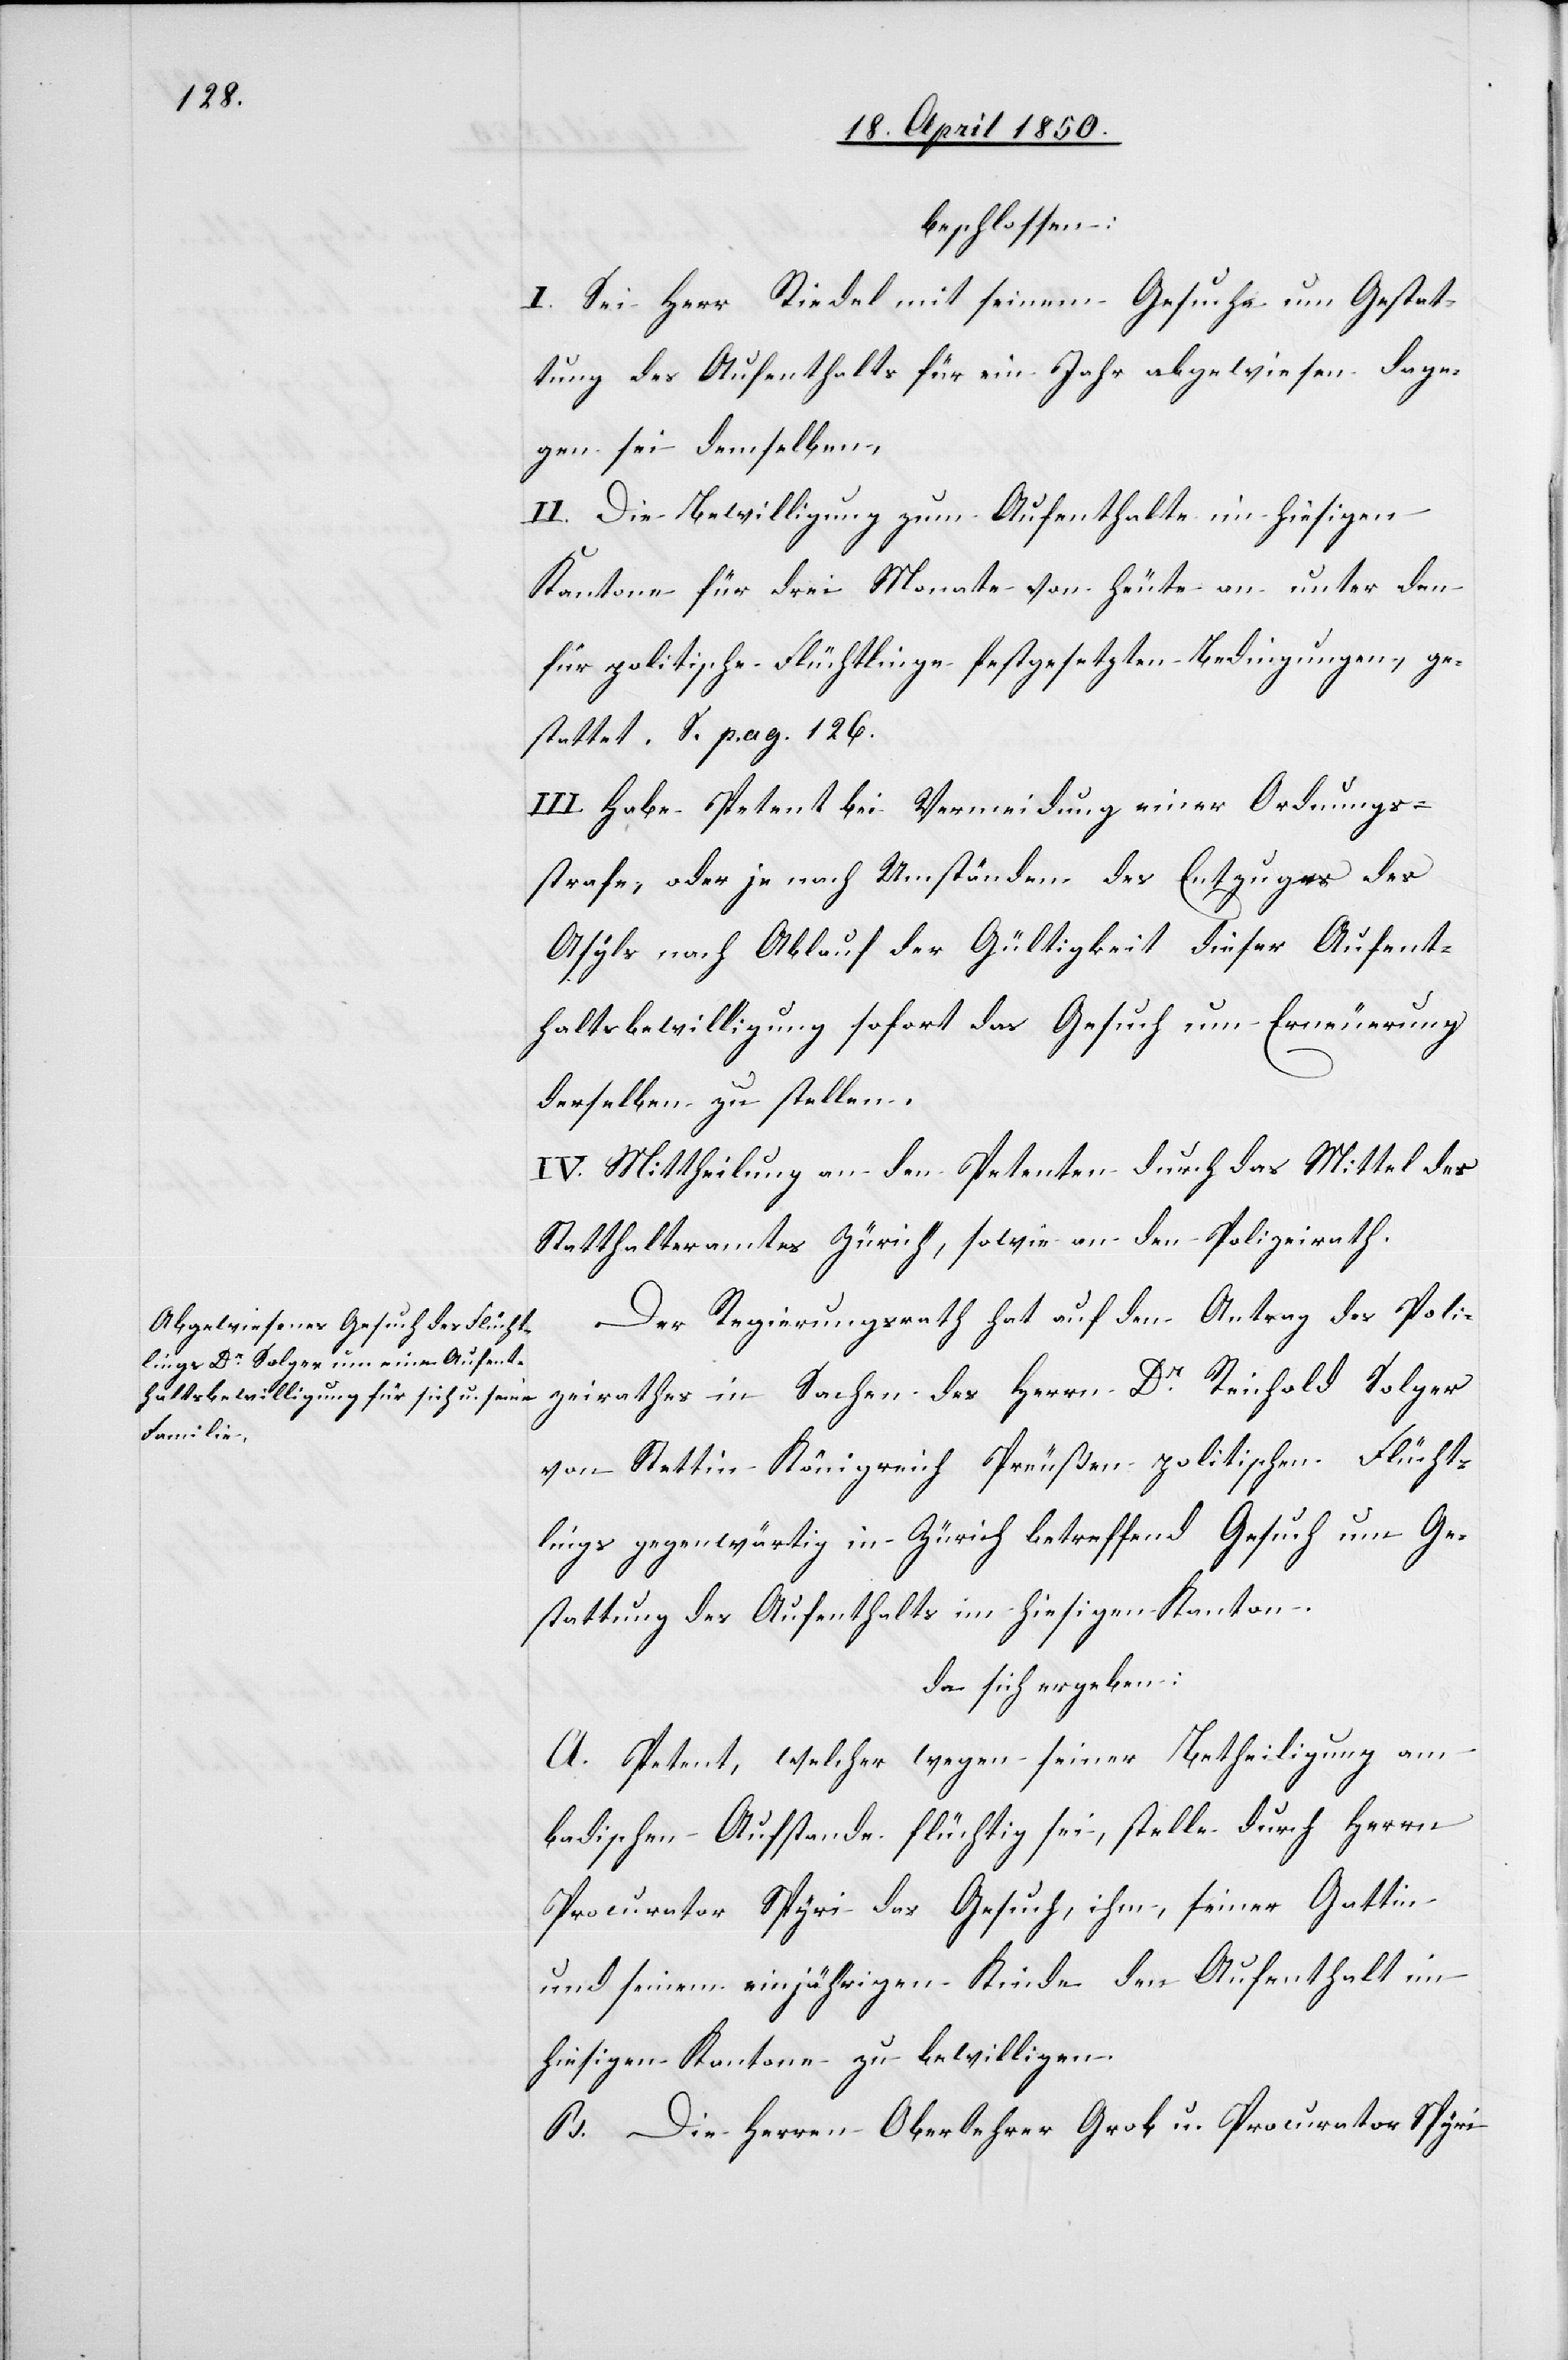
beschlossen:
I. Sei Herr Riedel mit seinem Gesuche um Gestat¬
tung des Aufenthalts für ein Jahr abgewiesen dage¬
gen sei demselben,
II. Die Bewilligung zum Aufenthalte im hiesigen
Kantone für drei Monate von heute an unter den
für politische Flüchtlinge festgesetzten Bedingungen, ge¬
stattet. S. pag. 126.
III. Habe Petent bei Vermeidung einer Ordnungs¬
strafe, oder je nach Umständen des Entzuges des
Asyls nach Ablauf der Gültigkeit dieser Aufent¬
haltsbewilligung sofort das Gesuch um Erneuerung
derselben zu stellen.
IV. Mittheilung an den Petenten durch das Mittel des
Statthalteramtes Zürich, sowie an den Polizeirath.
Der Regierungsrath hat auf den Antrag des Poli¬
zeirathes in Sachen des Herrn Dr Reinhold Solger
von Stettin Königreich Preußen politischen Flücht¬
lings gegenwärtig in Zürich betreffend Gesuch um Ge¬
stattung des Aufenthalts im hiesigen Kanton.
da sich ergeben:
A. Petent, welcher wegen seiner Betheiligung am
badischen Aufstande flüchtig sei, stelle durch Herrn
Procurator Spyri das Gesuch, ihm, seiner Gattin
und seinem einjährigen Kinde den Aufenthalt im
hiesigen Kantone zu bewilligen.
B. Die Herren Oberlehrer Grob u. Procurator Spyri